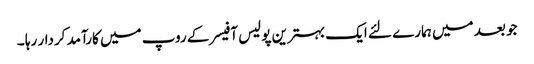
جو بعد میں ہمارے لئے ایک بہترین پولیس آفیسر کے روپ میں کارآمد کردار رہا ۔